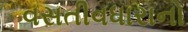
વસતીવધારાનો